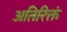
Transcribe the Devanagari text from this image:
अतिरिक्तं